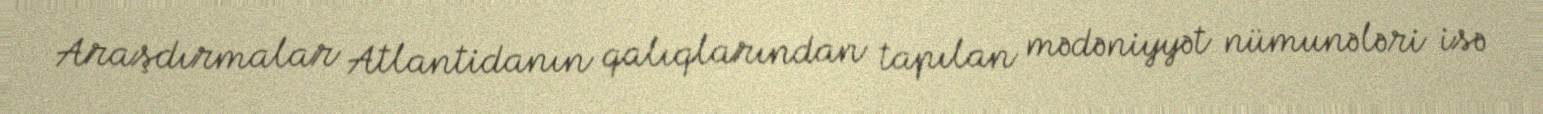
Araşdırmalar Atlantidanın qalıqlarından tapılan mədəniyyət nümunələri isə